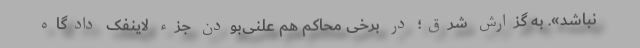
نباشد». به گزارش شرق؛ در برخی محاکم هم علنی‌بودن جزء لاینفک دادگاه